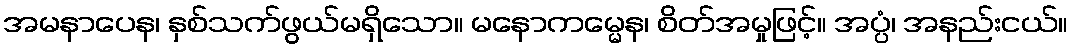
အမနာပေန၊ နှစ်သက်ဖွယ်မရှိသော။ မနောကမ္မေန၊ စိတ်အမှုဖြင့်။ အပ္ပံ၊ အနည်းငယ်။